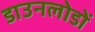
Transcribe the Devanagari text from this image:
डाउनलोडों